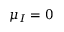
{ \mu _ { I } = 0 }